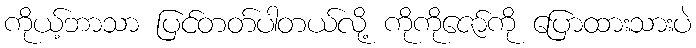
ကိုယ့်ဘာသာ ပြင်တတ်ပါတယ်လို့ ကိုကိုဇော်ကို ပြောထားသားပဲ